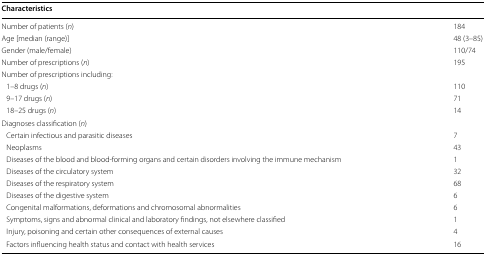
<table><thead><tr><td><b>Characteristics</b></td><td></td></tr></thead><tbody><tr><td>Number of patients (<i>n</i>)</td><td>184</td></tr><tr><td>Age [median (range)]</td><td>48 (3–85)</td></tr><tr><td>Gender (male/female)</td><td>110/74</td></tr><tr><td>Number of prescriptions (<i>n</i>)</td><td>195</td></tr><tr><td colspan="2">Number of prescriptions including:</td></tr><tr><td> 1–8 drugs (<i>n</i>)</td><td>110</td></tr><tr><td> 9–17 drugs (<i>n</i>)</td><td>71</td></tr><tr><td> 18–25 drugs (<i>n</i>)</td><td>14</td></tr><tr><td colspan="2">Diagnoses classification (<i>n</i>)</td></tr><tr><td> Certain infectious and parasitic diseases</td><td>7</td></tr><tr><td> Neoplasms</td><td>43</td></tr><tr><td> Diseases of the blood and blood-forming organs and certain disorders involving the immune mechanism</td><td>1</td></tr><tr><td> Diseases of the circulatory system</td><td>32</td></tr><tr><td> Diseases of the respiratory system</td><td>68</td></tr><tr><td> Diseases of the digestive system</td><td>6</td></tr><tr><td> Congenital malformations, deformations and chromosomal abnormalities</td><td>6</td></tr><tr><td> Symptoms, signs and abnormal clinical and laboratory findings, not elsewhere classified</td><td>1</td></tr><tr><td> Injury, poisoning and certain other consequences of external causes</td><td>4</td></tr><tr><td> Factors influencing health status and contact with health services</td><td>16</td></tr></tbody></table>